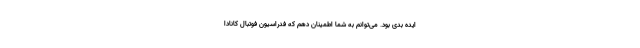
ایده بدی بود. می‌توانم به شما اطمینان دهم که فدراسیون فوتبال کانادا